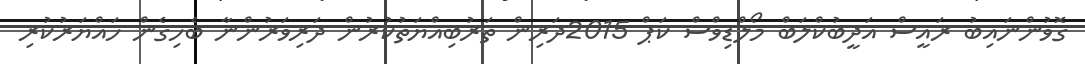
ގޮވުންނައިބު ރައީސް އަދީބުކްލަބް މޯލްޑިވްސް ކަޕް 2015ދަރިން ތަރުބިއްޔަތުކުރުން ދަރިވަރުންނާ ބެހިގެން ހައްޔަރުކުރި